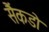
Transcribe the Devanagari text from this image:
सैंकडो